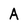
Character: A